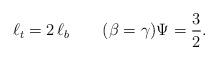
LaTeX: \begin{align*}\ell_t=2\,\ell_b \qquad(\beta=\gamma) \Psi=\frac{3}{2}.\end{align*}